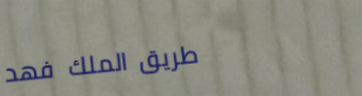
طريق الملك فهد